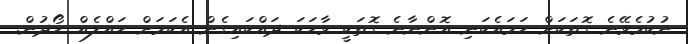
ނުކުމެވޭނެ ގޮތަކަށް ހަމައެކަނި އޮންނާނެ ގޮތަކީ ވާހަކަ ދައްކައިގެން އެކަމަށް ހައްލެއް ހޯދުން.